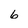
Character: 6